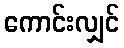
ကောင်းလျှင်